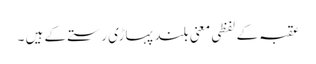
عقبہ کے لفظی معنی بلند پہاڑی رستے کے ہیں ۔